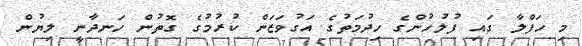
މި ހަފްލާ ގައި ފުލުހުންގެ ހިދުމަތުގެ އަގުވަޒަން ކުރުމުގެ ގޮތުން ހަނދާނީ ލިޔުން